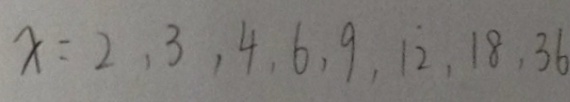
x = 2 , 3 , 4 , 6 , 9 , 1 2 , 1 8 , 3 6